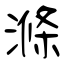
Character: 滌